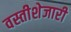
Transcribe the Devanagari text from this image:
वस्तीशेजारी